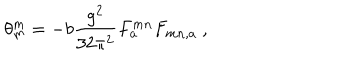
LaTeX: \theta _ { m } ^ { m } = - b \frac { g ^ { 2 } } { 3 2 \pi ^ { 2 } } F _ { a } ^ { m n } F _ { m n , a } \ ,